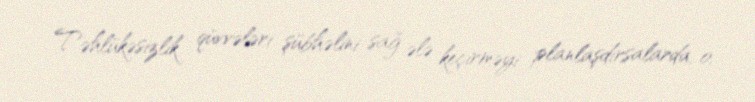
Təhlükəsizlik qüvvələri şübhəlini sağ ələ keçirməyi planlaşdırsalarda, o,